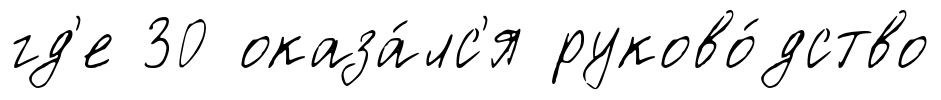
гд'е 30 оказа́лс'я руково́дство